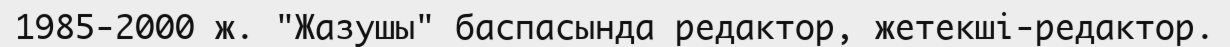
1985-2000 ж. "Жазушы" баспасында редактор, жетекші-редактор.